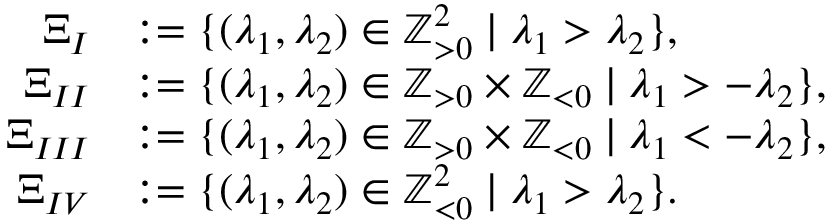
\begin{array} { r l } { \Xi _ { I } } & { : = \{ ( \lambda _ { 1 } , \lambda _ { 2 } ) \in { \mathbb Z } _ { > 0 } ^ { 2 } \mid \lambda _ { 1 } > \lambda _ { 2 } \} , } \\ { \Xi _ { I I } } & { : = \{ ( \lambda _ { 1 } , \lambda _ { 2 } ) \in { \mathbb Z } _ { > 0 } \times { \mathbb Z } _ { < 0 } \mid \lambda _ { 1 } > - \lambda _ { 2 } \} , } \\ { \Xi _ { I I I } } & { : = \{ ( \lambda _ { 1 } , \lambda _ { 2 } ) \in { \mathbb Z } _ { > 0 } \times { \mathbb Z } _ { < 0 } \mid \lambda _ { 1 } < - \lambda _ { 2 } \} , } \\ { \Xi _ { I V } } & { : = \{ ( \lambda _ { 1 } , \lambda _ { 2 } ) \in { \mathbb Z } _ { < 0 } ^ { 2 } \mid \lambda _ { 1 } > \lambda _ { 2 } \} . } \end{array}